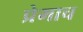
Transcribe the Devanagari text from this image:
प्रेमाच